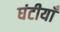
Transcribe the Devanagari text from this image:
घंटीयाँ